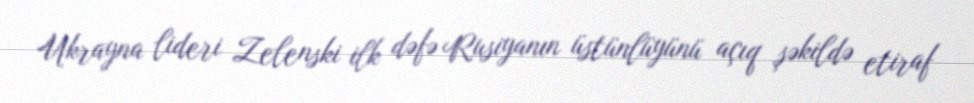
Ukrayna lideri Zelenski ilk dəfə Rusiyanın üstünlüyünü açıq şəkildə etiraf